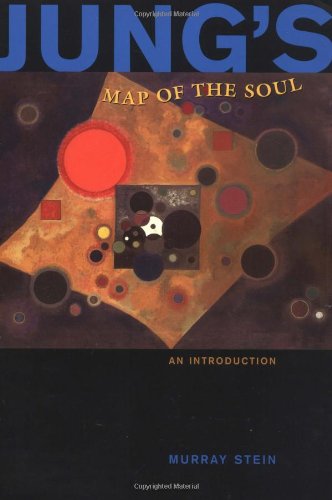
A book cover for Jung's Map of the Soul: An Introduction; Murray Stein; Medical Books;